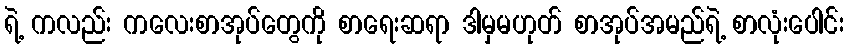
ရဲ့ ကလည်း ကလေးစာအုပ်တွေကို စာရေးဆရာ ဒါမှမဟုတ် စာအုပ်အမည်ရဲ့ စာလုံးပေါင်း